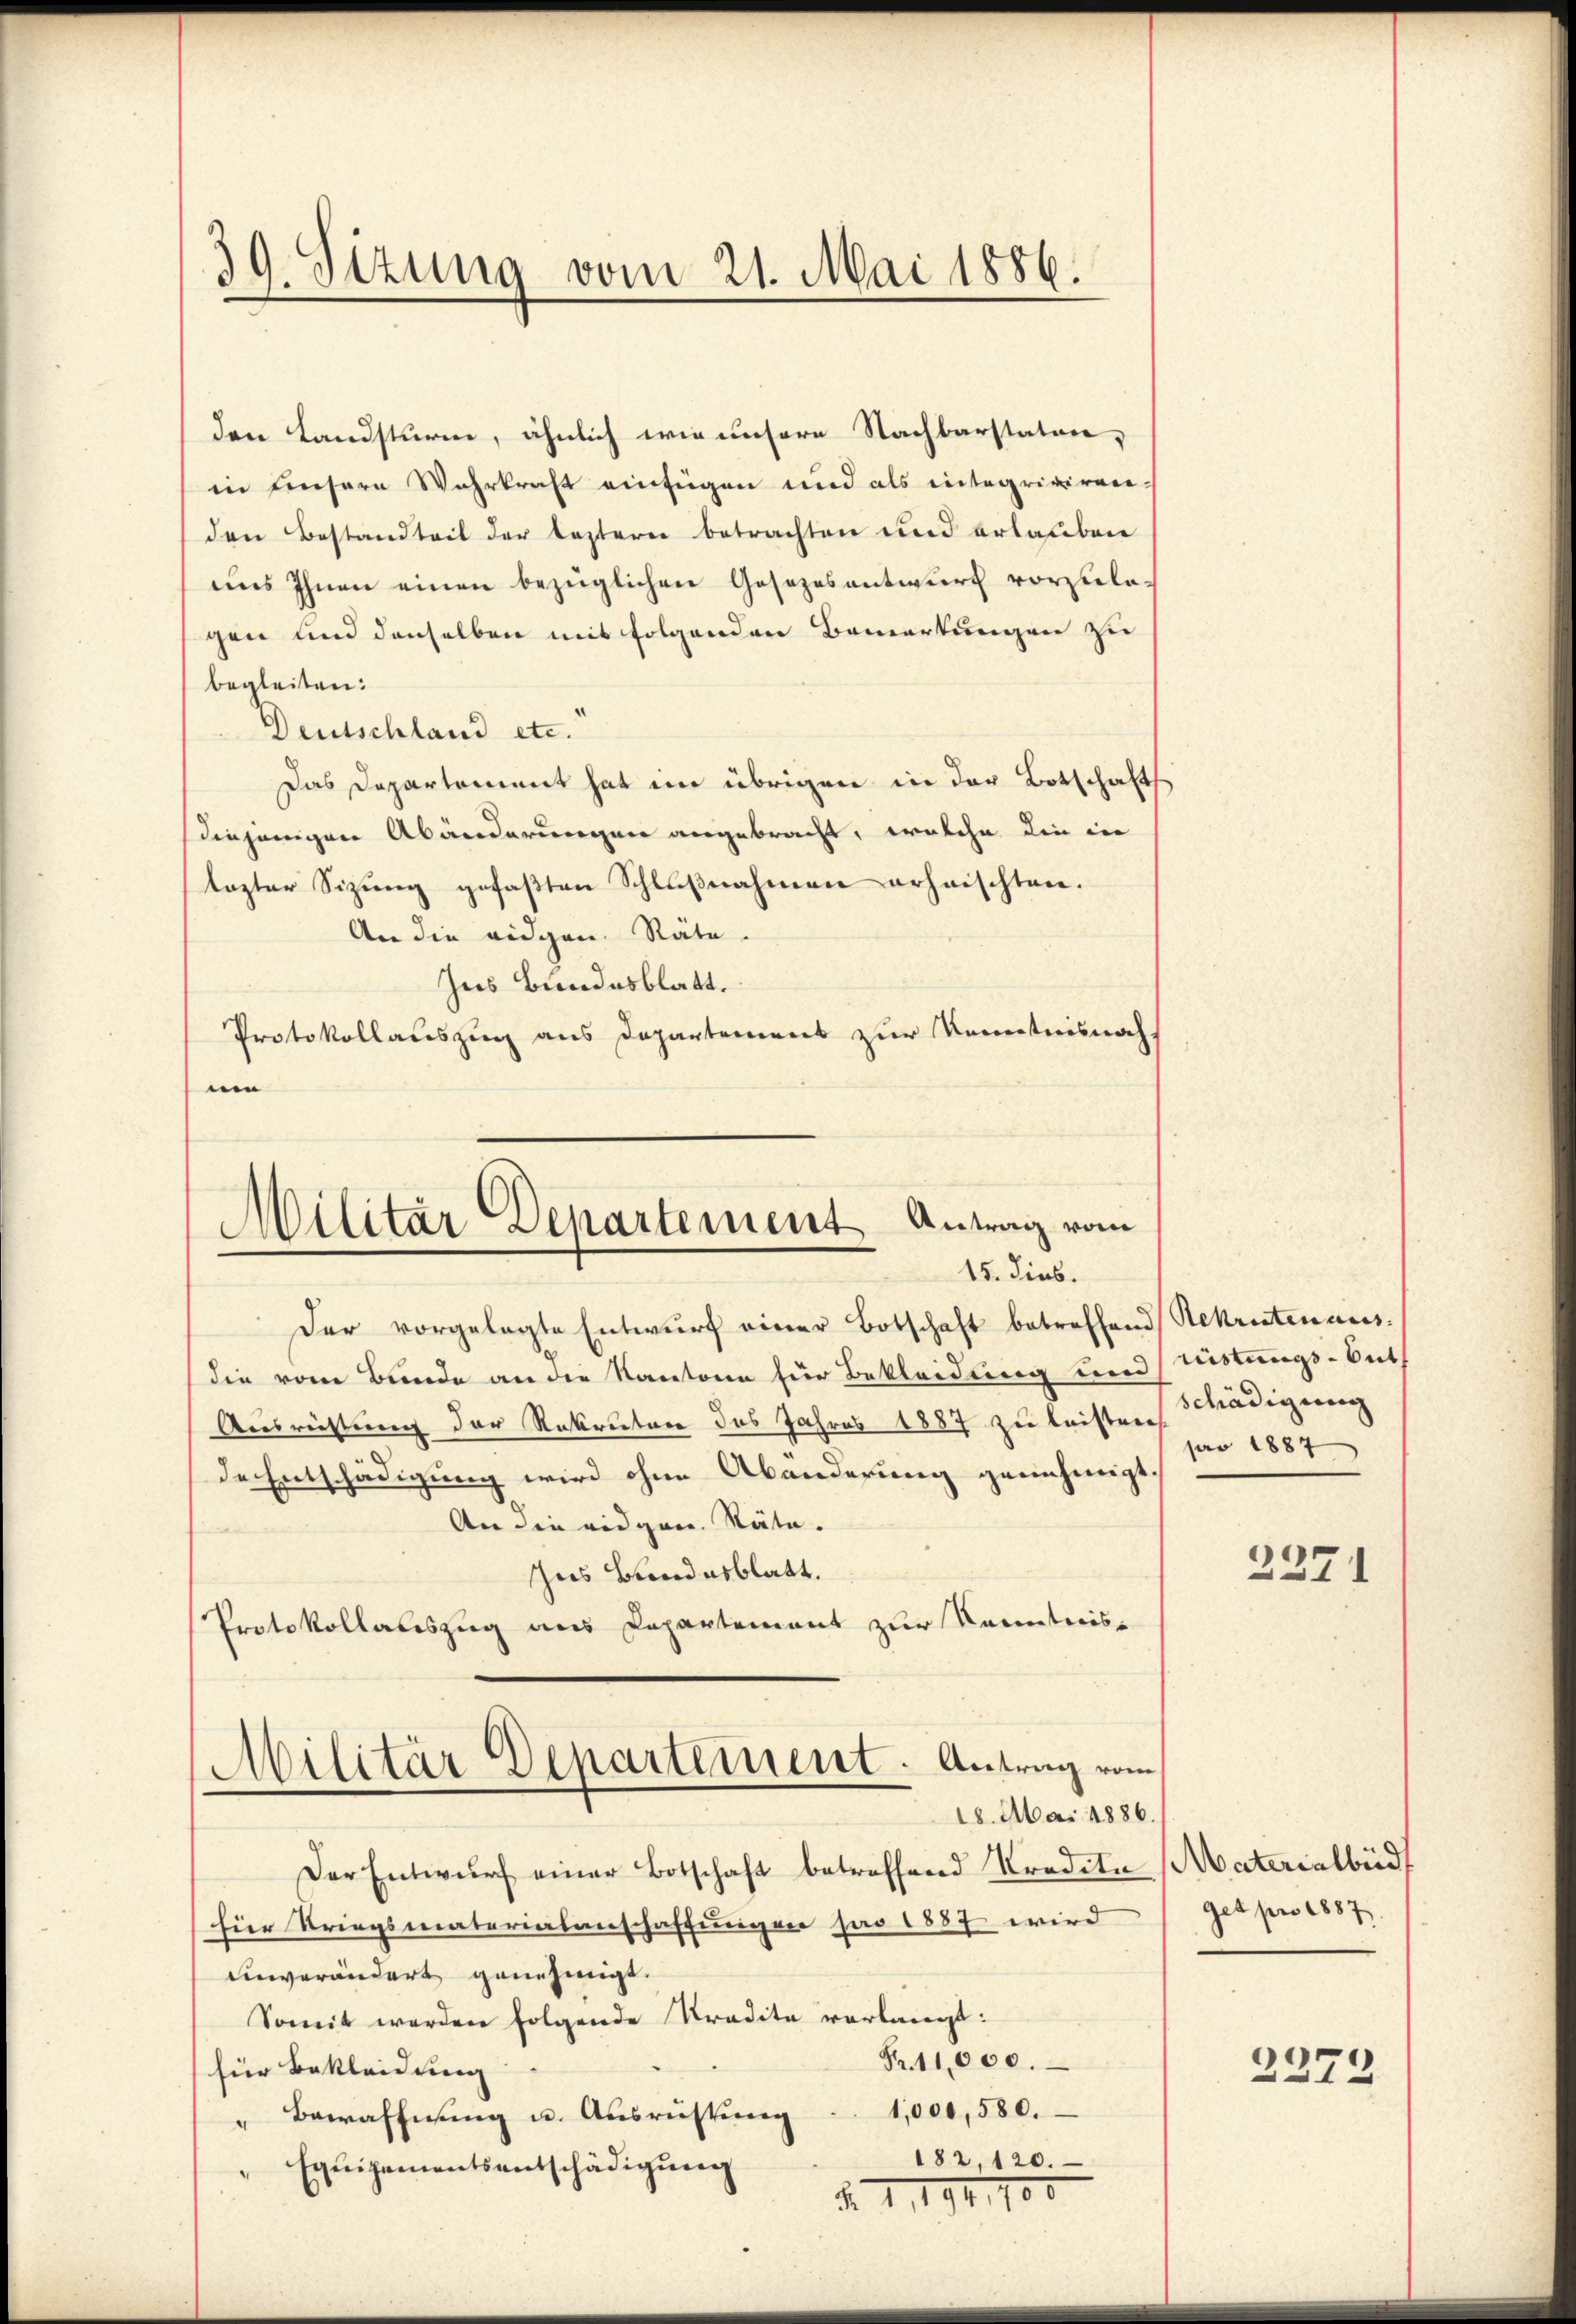
39. Sitzung vom 21. Mai 1886.

den Landsturm, ähnlich wie unsere Nachbarstaten,
in Einsere Wahrkraft einfügen und als integrigiren.
den Bestandteit der leztern betrachten und erlauben
uns Ihnen einen bezüglichen Gesezesantwurf vorzulagen und denselben mit folgenden Bemerkungen zu
begleiten:
Deutschland etc.
Das Departement hat im übrigen in der Botschafts
diejenigen Abänderungen angebracht, welche die in
lagter Sizung gefaßten Schlußnahmen erheischten.
An die eidgen. Räte.
Ins Bundesblatt.
Protokollauszug aus Departemens zur Kenntnisnah
e

Militär Departement Antrag vom
15. dies.

Der vorgelegte Entwurf einer Botschaft betreffend Rekrutenausdie vom Bunde an die Kantone für Bekleidung und Mitungs-Bet
Ausreistung der Rekruten des Jahres 1887 zu leisten
de Entschädigung wird ohne Abänderung genehmigt.
An die eidgen. Räte.
hus Bundesblatt.
Protokollauszug aus Capartement zur Kenntnis¬
Militär Departement. Antrag vom
18. Mai 1886.
Der Entwurf einer Botschaft betreffend Kredite Materialbüd
für Kriegsmaterialanschaffungen pro 1887 wird
einverändert genehmigt.
Somit werden folgende Tradita verlangt:
Fr. 11,000.
für Bekleidung
1,000, 580.
" Bewaffnung u. Ausrichtung
182, 120.
Equipementsentschädigung
§. 1. 194,100

Schädigung
pro 1887

2371

get pro 1887.

2372